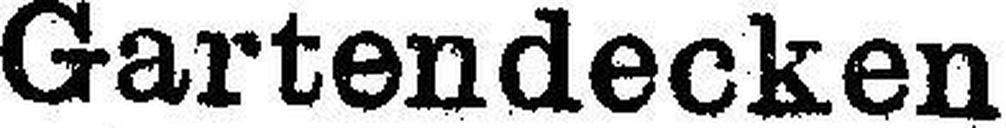
Gartendecken